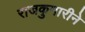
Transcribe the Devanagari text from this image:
राजकुमारीने